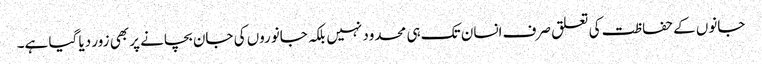
جانوں کے حفاظت کی تعلق صرف انسان تک ہی محدود نہیں بلکہ جانوروں کی جان بچانے پر بھی زور دیا گیا ہے۔